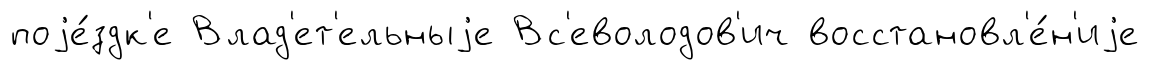
поjе́здк'е Влад'ет'ельныjе Вс'еволодов'ич восстановл'е́н'иjе